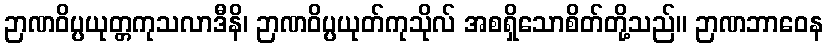
ဉာဏဝိပ္ပယုတ္တကုသလာဒီနိ၊ ဉာဏဝိပ္ပယုတ်ကုသိုလ် အစရှိသောစိတ်တို့သည်။ ဉာဏဘာဝေန